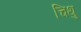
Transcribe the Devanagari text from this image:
चिथु